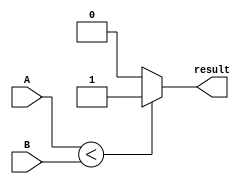
module LessThanComparator(
    input signed [31:0] A,
    input signed [31:0] B,
    output reg result
);

always @(*) begin
    if (A < B) begin
        result = 1;
    end else begin
        result = 0;
    end
end

endmodule